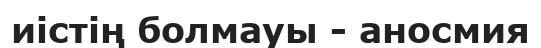
иістің болмауы - аносмия